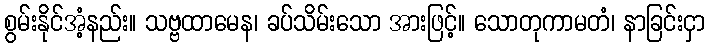
စွမ်းနိုင်အံ့နည်း။ သဗ္ဗထာမေန၊ ခပ်သိမ်းသော အားဖြင့်။ သောတုကာမတံ၊ နာခြင်းငှာ